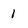
Character: 1